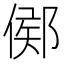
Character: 鄇